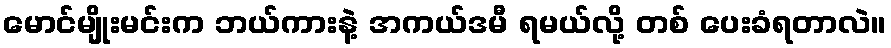
မောင်မျိုးမင်းက ဘယ်ကားနဲ့ အကယ်ဒမီ ရမယ်လို့ တစ် ပေးခံရတာလဲ။